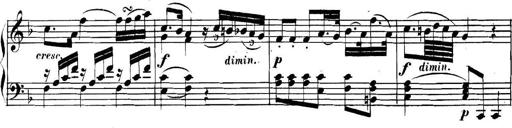
Title: Collected Piano Sonatas
Composer: Muzio Clementi